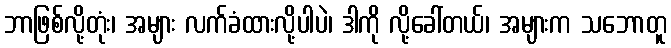
ဘာဖြစ်လို့တုံး၊ အများ လက်ခံထားလို့ပါပဲ၊ ဒါကို လို့ခေါ်တယ်၊ အများက သဘောတူ